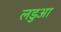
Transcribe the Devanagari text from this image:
लडुआ